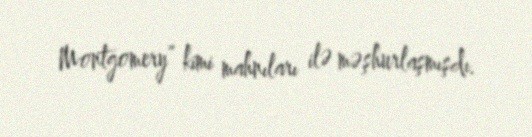
Montgomery” kimi mahnıları ilə məşhurlaşmışdı.